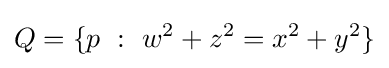
Q=\lbrace p\ :\ w^{2}+z^{2}=x^{2}+y^{2}\rbrace